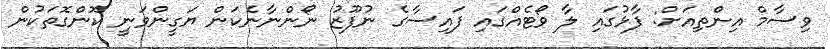
ވިސާމް އިންތިއަށް: ފާޅުގައި ލާ ވޯޓެއްގައި ފައިސާގެ ނުފޫޒު ނޯންނާނެކަން ޔަގީންވަނީ ކޮންގޮތަކުން